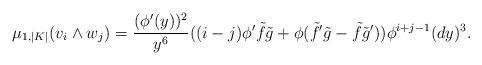
LaTeX: \begin{align*}\mu_{1, |K|}(v_i \wedge w_j) = \frac{(\phi'(y))^2}{y^6} ((i-j) \phi' \tilde{f} \tilde{g} + \phi(\tilde{f}' \tilde{g}-\tilde{f} \tilde{g}')) \phi^{i+j-1} (dy)^3. \end{align*}